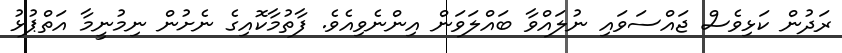
ރަދުން ކަޅިވެސް ޖައްސަވައި ނުލައްވާ ބައްލަވަން އިންނެވިއެވެ. ފާތުމާކޮއިގެ ނެށުން ނިމުނީމާ އަތްޕުޅު